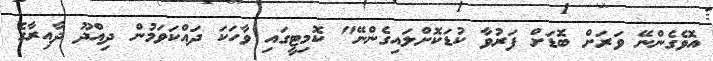
އޮވެގެންނޭ ވަރަށް ބޮޑަށް ފަރުވާ ކުޑަކޮށްލައިގެންނޭ" ކޮމިޓީގައި ވާހަކަ ދައްކަވަމުން ދިއްދޫ ދާއިރާގެ